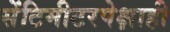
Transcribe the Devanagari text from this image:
सेंटिमीटरपेक्षाही